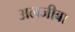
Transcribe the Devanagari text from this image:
अलजीबा